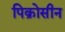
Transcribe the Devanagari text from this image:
पिक्रोसीन